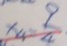
x _ { 4 } = \frac { 9 } { 4 }